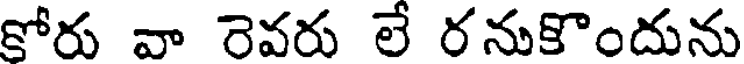
కోరు వా రెవరు లే రనుకొందును